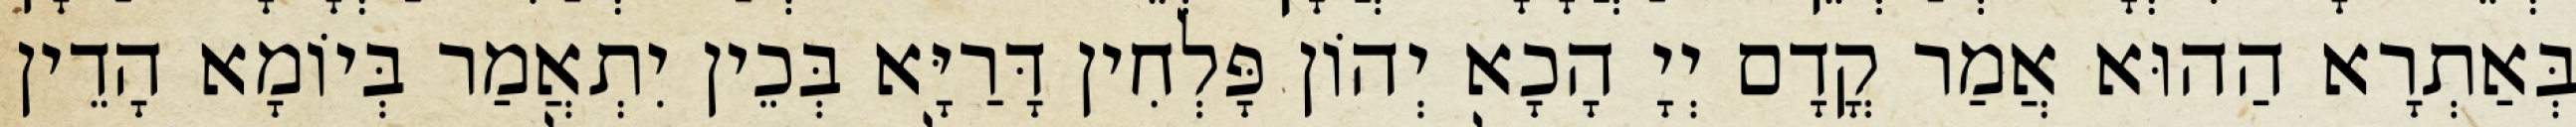
בְּאַתְרָא הַהוּא אֲמַר קֳדָם יְיָ הָכָא יְהוֹן פָּלְחִין דָּרַיָּא בְּכֵין יִתְאֲמַר בְּיוֹמָא הָדֵין